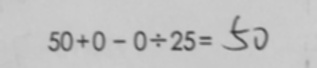
5 0 + 0 - 0 \div 2 5 = 5 0